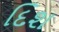
દિશ